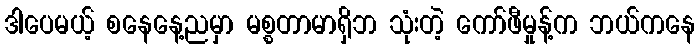
ဒါပေမယ့် စနေနေ့ညမှာ မစ္စတာမာရှိဘ သုံးတဲ့ ကော်ဖီမှုန့်က ဘယ်ကနေ